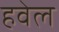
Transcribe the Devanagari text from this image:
हवेल